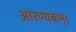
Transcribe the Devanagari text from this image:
आरण्यकम्।